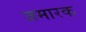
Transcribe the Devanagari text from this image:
जमारक